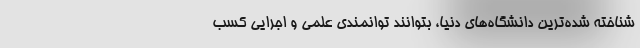
شناخته شده‌ترین دانشگاه‌های دنیا، بتوانند توانمندی علمی و اجرایی کسب